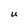
Character: U